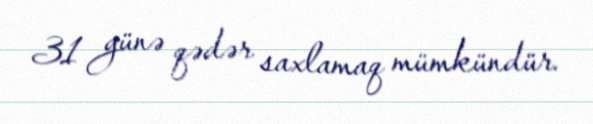
31 günə qədər saxlamaq mümkündür.